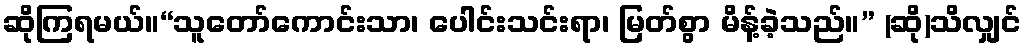
ဆိုကြရမယ်။“သူတော်ကောင်းသာ၊ ပေါင်းသင်းရာ၊ မြတ်စွာ မိန့်ခဲ့သည်။” (ဆို)သိလျှင်